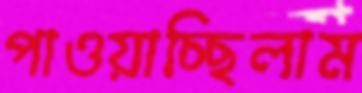
পাওয়াচ্ছিলাম